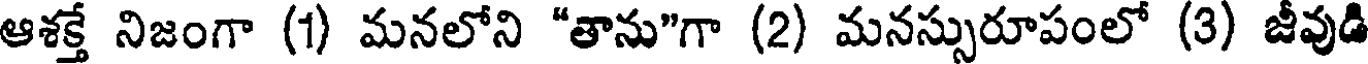
ఆశక్తే నిజంగా (1) మనలోని "తాను"గా (2) మనస్సురూపంలో (3) జీవుడి